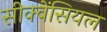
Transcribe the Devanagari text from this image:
सीक्वेंसियल